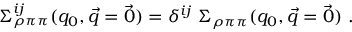
\Sigma _ { \rho \pi \pi } ^ { i j } ( q _ { 0 } , \vec { q } = \vec { 0 } ) = \delta ^ { i j } \ \Sigma _ { \rho \pi \pi } ( q _ { 0 } , \vec { q } = \vec { 0 } ) \ .